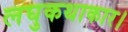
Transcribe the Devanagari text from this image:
लघुकथाकार।